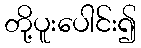
တို့ပူးပေါင်း၍